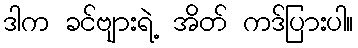
ဒါက ခင်ဗျားရဲ့ အိတ် ကဒ်ပြားပါ။